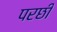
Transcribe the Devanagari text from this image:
परछी